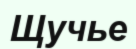
Щучье